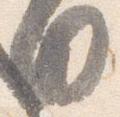
日